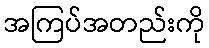
အကြပ်အတည်းကို